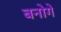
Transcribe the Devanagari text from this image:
बनोगे